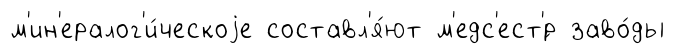
м'ин'ералог'и́ческоjе составл'я́ют м'едс'ест'́р заво́ды